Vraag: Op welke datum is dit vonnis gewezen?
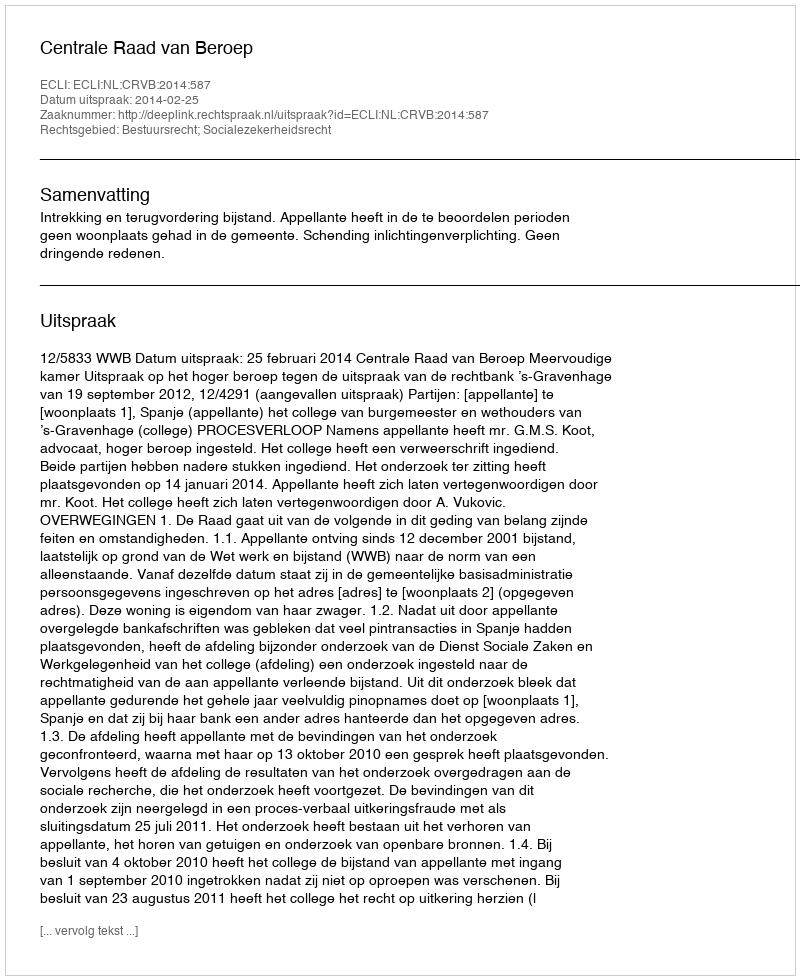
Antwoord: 2014-02-25